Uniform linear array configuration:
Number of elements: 32
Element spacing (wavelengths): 1
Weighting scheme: kaiser
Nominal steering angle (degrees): -30
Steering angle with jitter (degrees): -30.955
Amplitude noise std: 0.05
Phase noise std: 0.05

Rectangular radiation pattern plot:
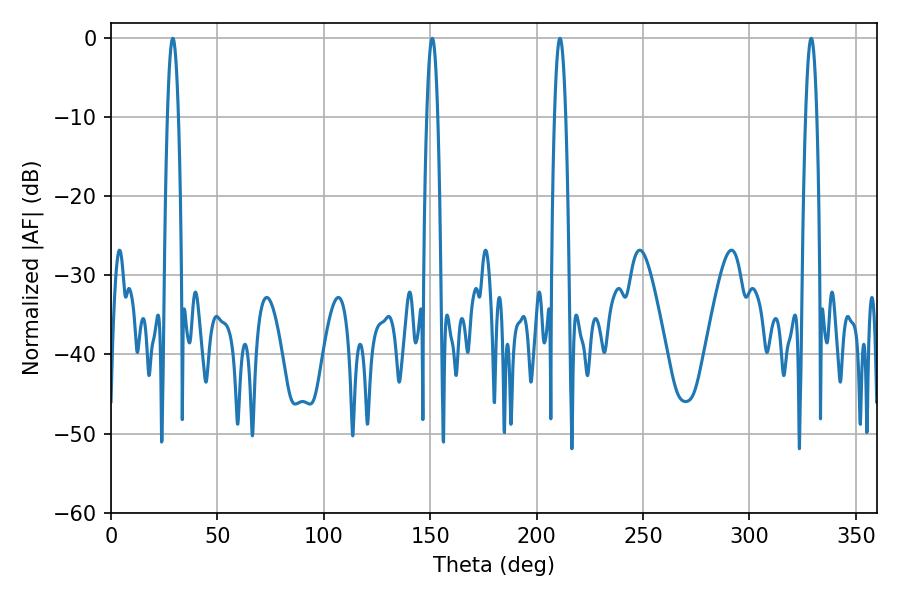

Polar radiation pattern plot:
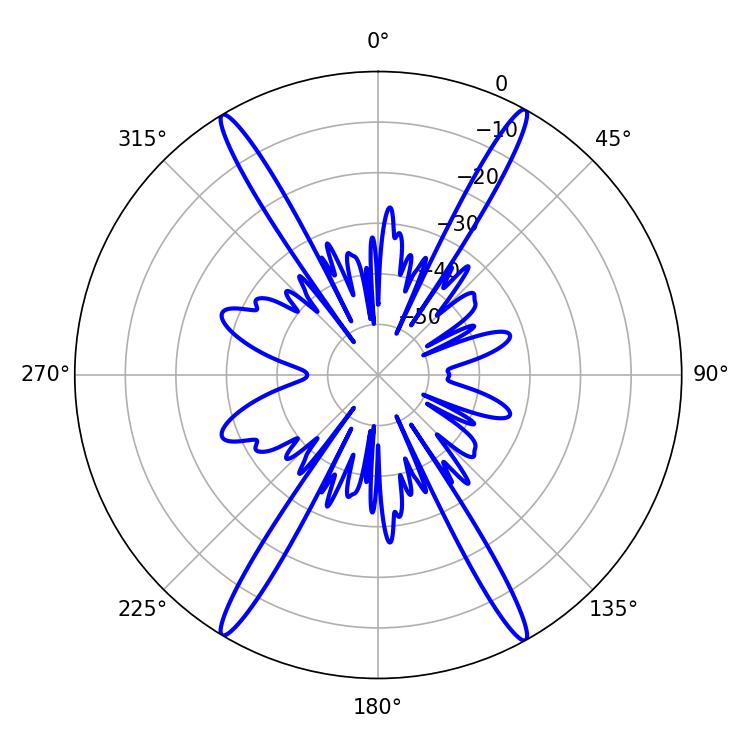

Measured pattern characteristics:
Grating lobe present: TRUE
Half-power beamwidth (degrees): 2.88
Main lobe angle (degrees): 210.96